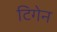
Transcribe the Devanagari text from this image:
टिगेन